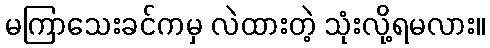
မကြာသေးခင်ကမှ လဲထားတဲ့ သုံးလို့ရမလား။